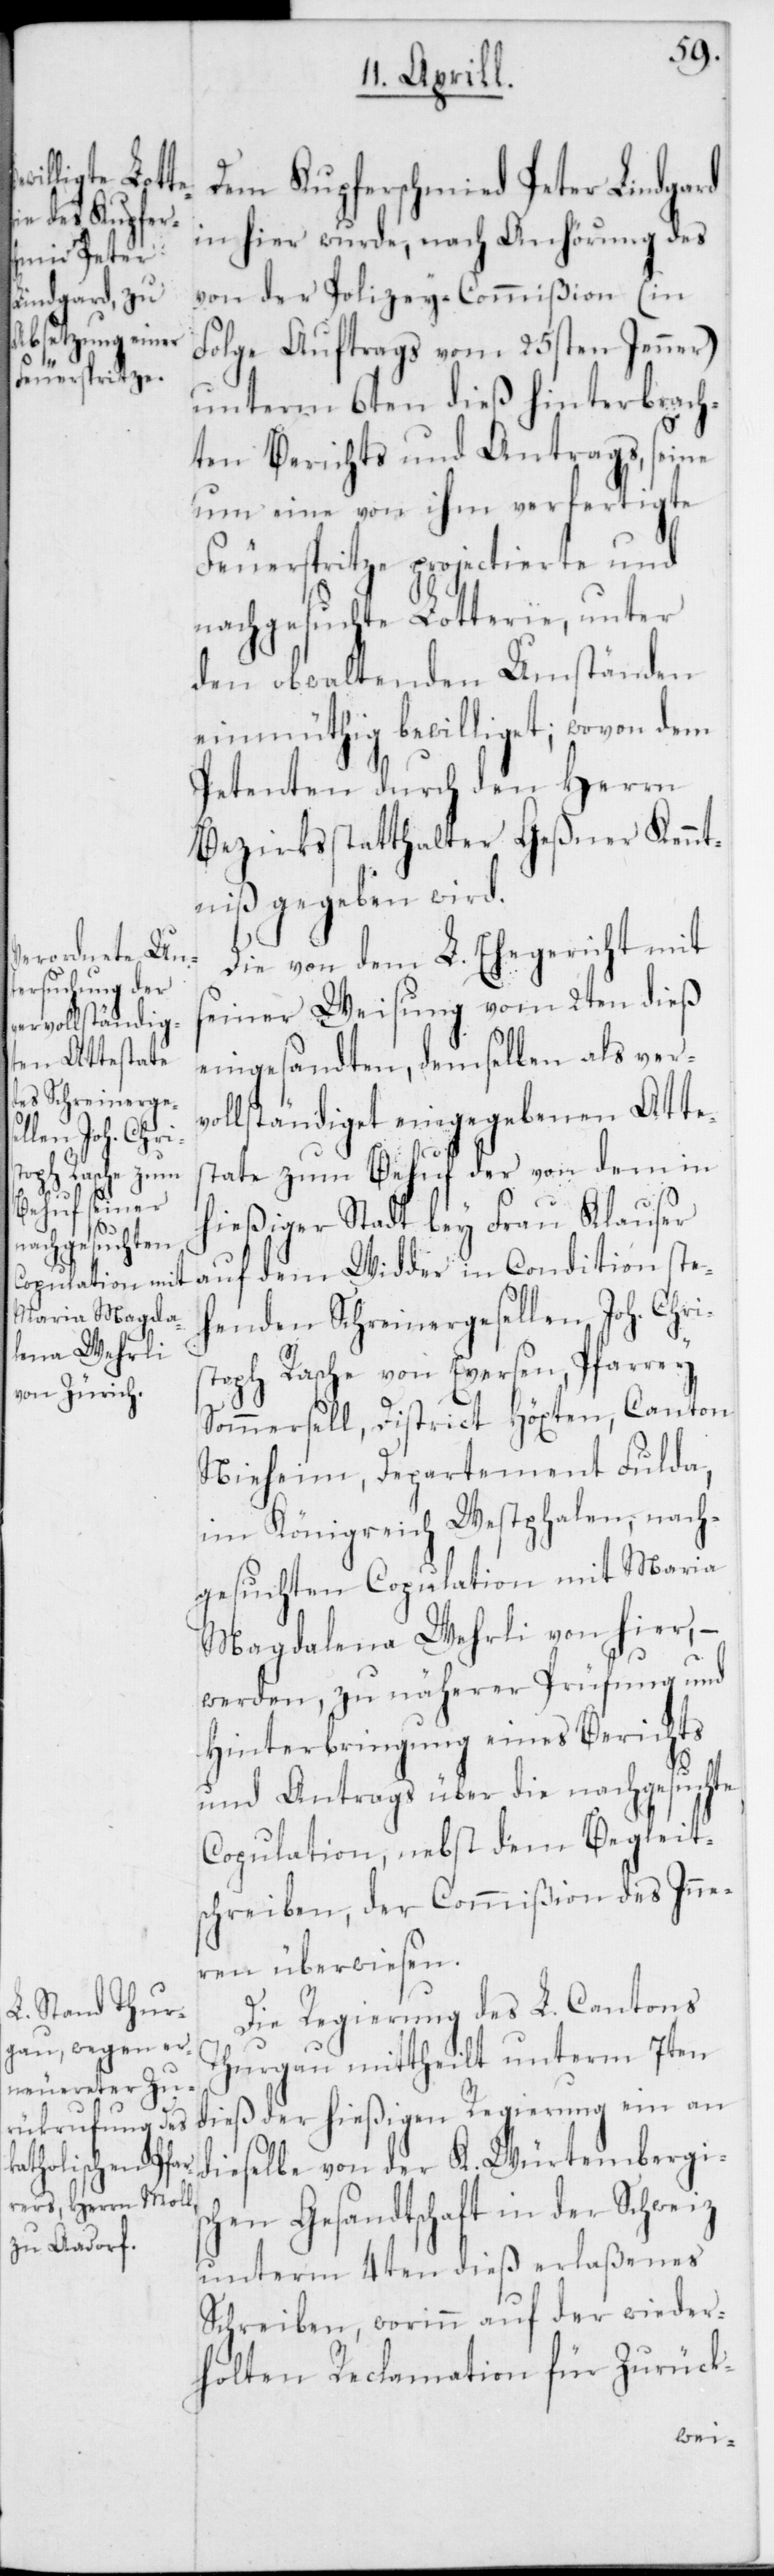
Dem Kupferschmied Peter Lindgard
in hier wurde, nach Anhörung des
von der Polizey-Commißion (in
Folge Auftrags vom 25sten Jenner)
unterm 6ten dieß hinterbrach¬
ten Berichts und Antrags, seine
um eine von ihm verfertigte
Feuerspritze projectierte und
nachgesuchte Lotterie, unter
den obwaltenden Umständen
einmüthig bewilliget; wovon dem
Petenten durch den Herrn
Bezirksstatthalter Geßner Kennt¬
niß gegeben wird.
Die von dem L. Ehegericht mit
seiner Weisung vom 2ten dieß
eingesandten, demselben als ver¬
vollständiget eingegebenen Atte¬
state zum Behuf der von dem in
hießiger Stadt bei Frau Klauser
auf dem Widder in Condition ste¬
henden Schreinergesellen Joh. Chris¬
toph Rasche von Eversen, Pfarrey
Sommersell, District Höxten, Canton
Nieheim, Departement Fulda,
im Königreich Wetstphalen, nach¬
gesuchten Copulation mit Maria
Madgalena Wehrli von hier, –
werden, zu näherer Prüfung und
Hinterbringung eines Berichts
und Antrags über die nachgesuchte
Copulation, nebst dem Begleit¬
schreiben der Commißion des Inne¬
ren überwiesen.
Die Regierung des L. Cantons
Thurgau mittheilt unterm 7ten
dieß der hießigen Regierung ein an
dieselbe von der K. Würtembergis¬
chen Gesandtschaft in der Schweiz
unterm 4ten dieß erlaßenes
Schreiben, worinn auf der wieder¬
holten Reclamation für Zurück-